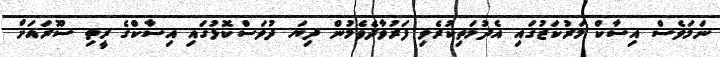
ނަމަވެސް އިސާކް މަރުކަޒުގައި އެދުމަތިކުރެވި ފަރުވާދެވެމުން ދިޔަ ދުވަސްކޮޅުގައި އިސާކްގެ ރީތި ސޫރައަށް